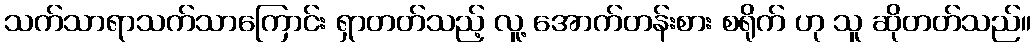
သက်သာရာသက်သာကြောင်း ရှာတတ်သည့် လူ့ အောက်တန်းစား စရိုက် ဟု သူ ဆိုတတ်သည်။